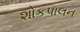
શોકપાલન